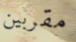
مقربين